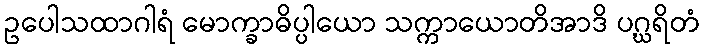
ဥပေါသထာဂါရံ မောက္ခာဓိပ္ပါယော သက္ကာယောတိအာဒိ ပဂ္ဃရိတံ